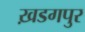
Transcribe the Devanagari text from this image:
ख़डगपुर